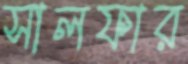
সালফার